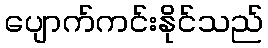
ပျောက်ကင်းနိုင်သည်